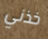
خذني